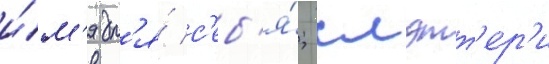
и́м'я дл'я́ с'еб'я́; слэтт'ер'и